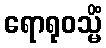
ရောရုဝသ္မိံ